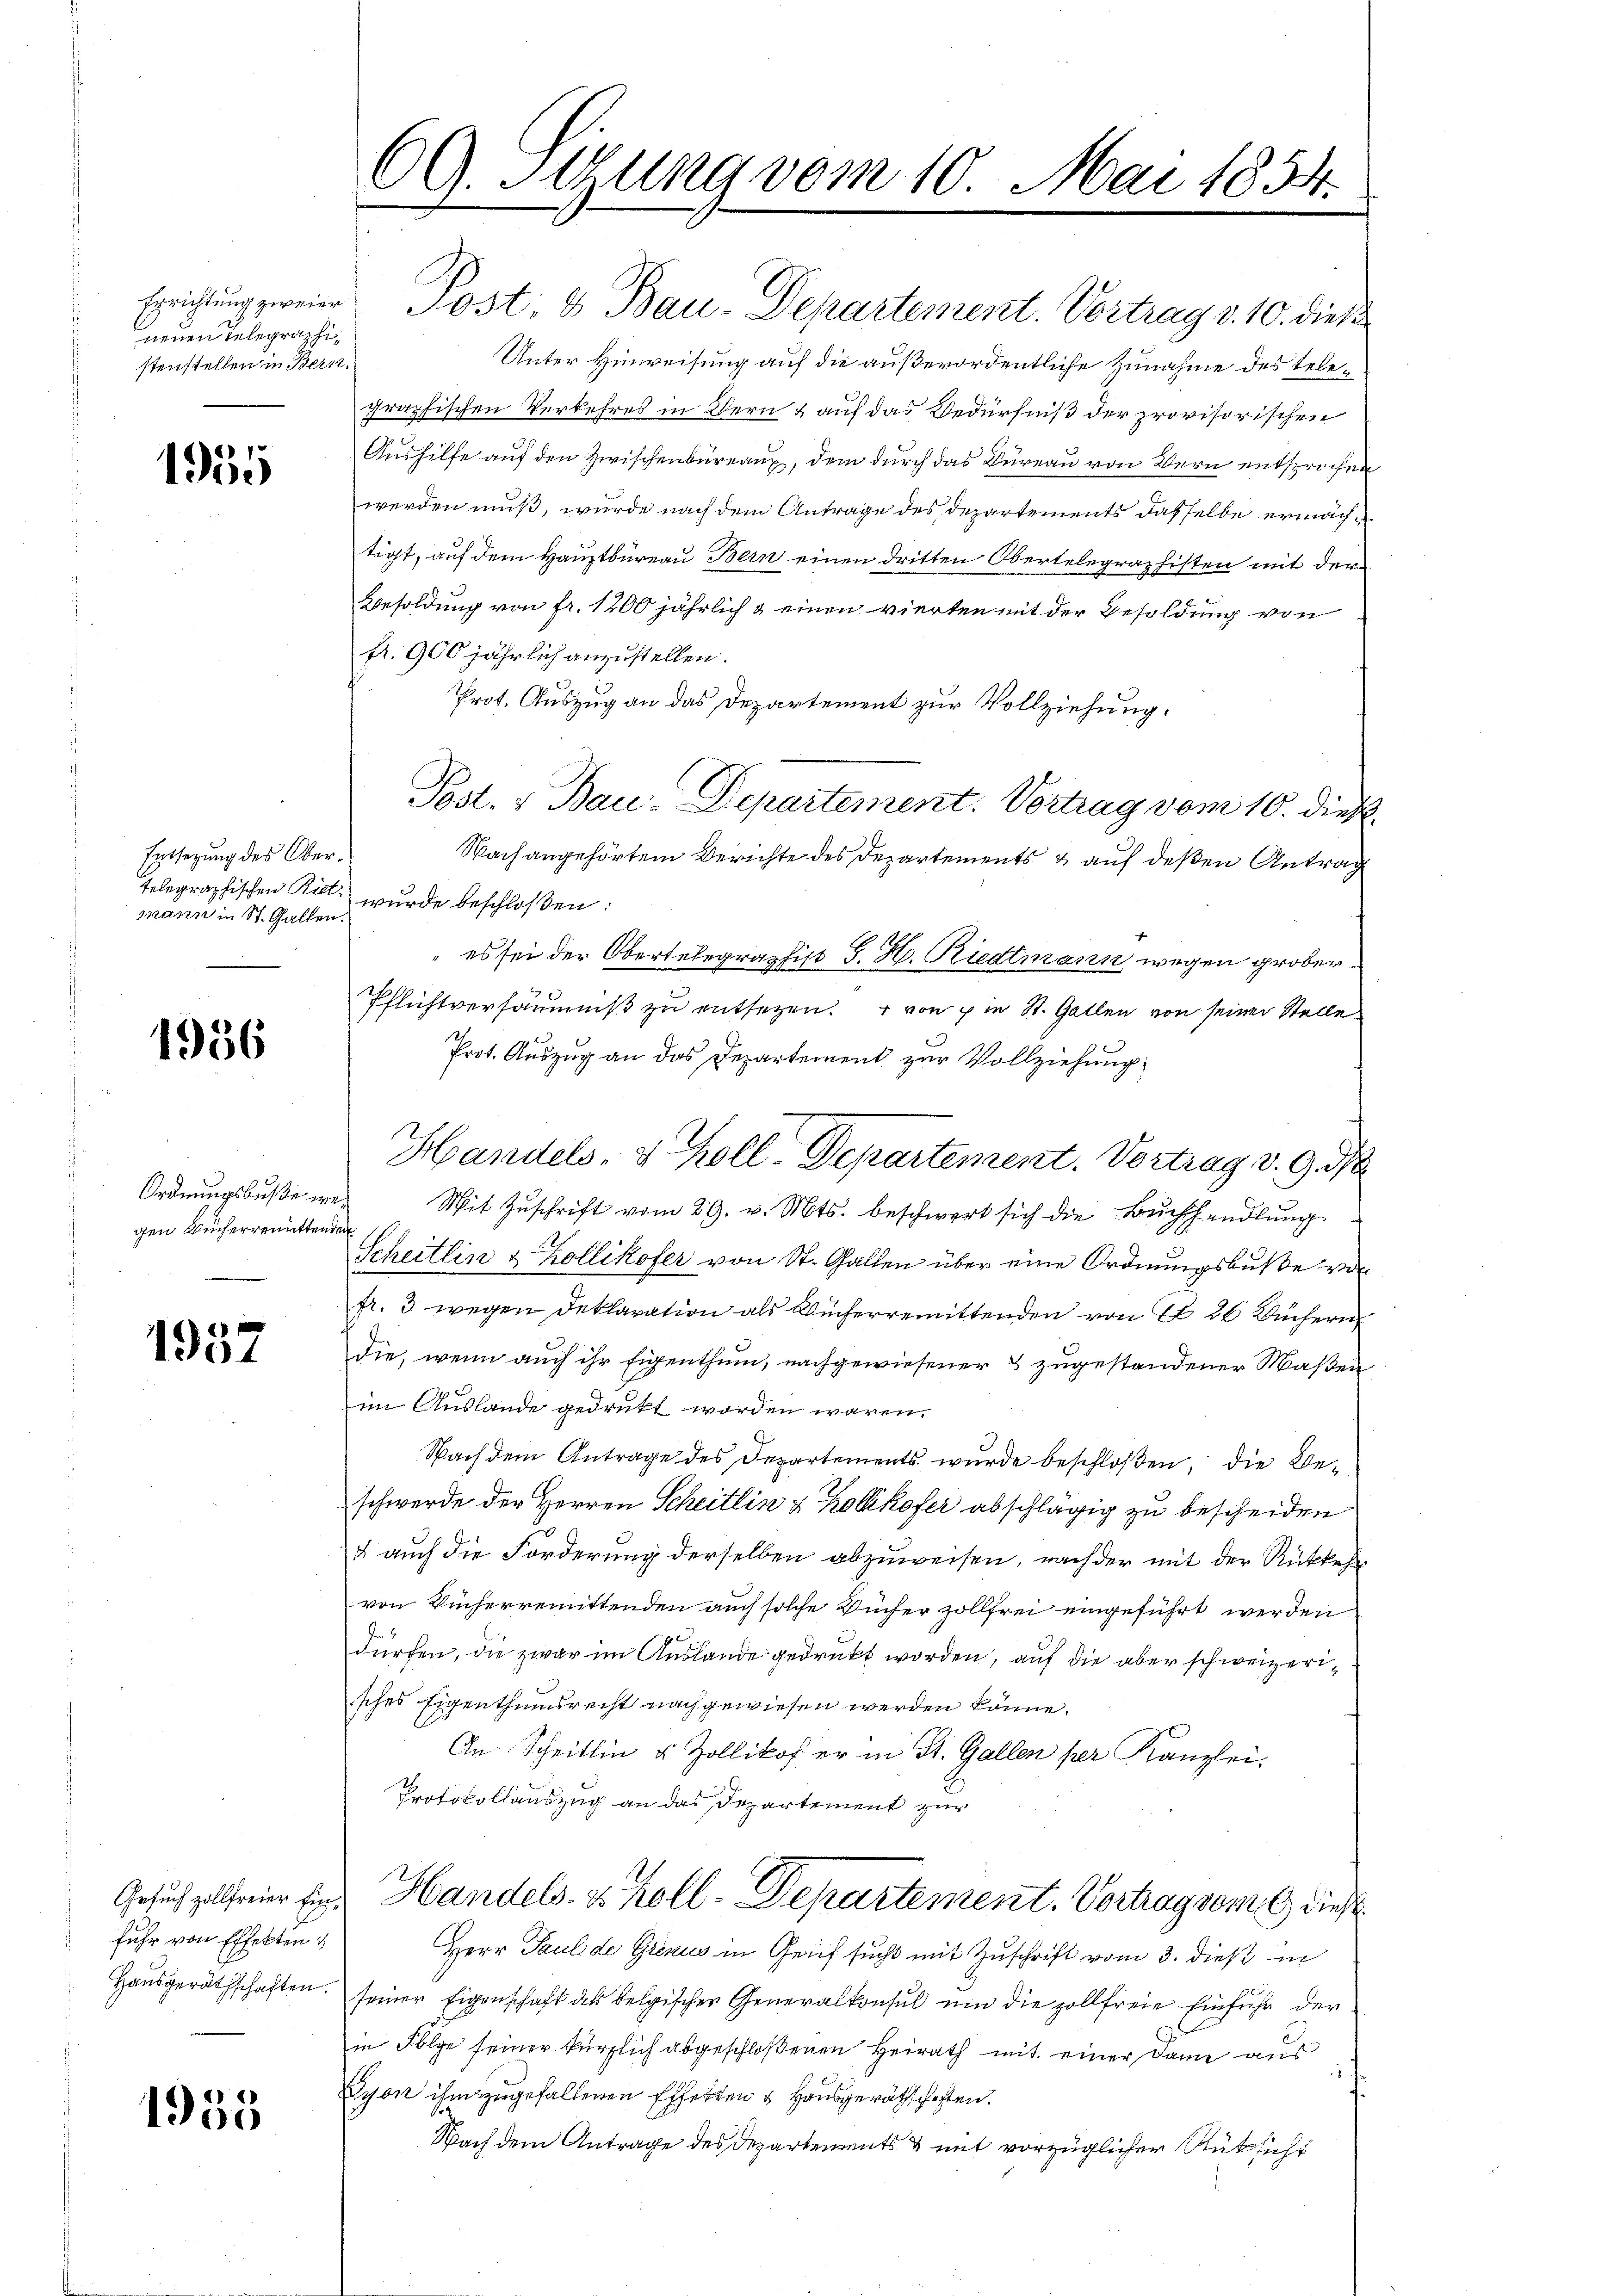
Errichtung zweier
neuen Telegraphi
stenstellen in Bern.

1955

Entsetzung des Obertelegraphischen Riet.
mann in St. Gallen.

1956

Ordnungsbuße weg
gen Bücherrenittende

1957

Gesuch zollfreier Einfuhr von Effekten &
Hausgeräthschaften.

1955

69. Stung vom 10. Mai 1854.

tigt, auf dem Hauptbureau Bern einen dritten Obertelegraphisten mit der
Besoldung von fr. 1200 jährlich & einen vierten mit der Besoldung von
fr. 900 jährlich anzustellen.
Prot. Auszug an das Departement zur Vollziehung.
Post. v. Bau-Departement. Vortrag vom 10. dieß
Nach angehörtem Berichte des Departements & auf deßen Antrag
wurde beschloßen:
" es sei der Obertelegraphist G. H. Riedtmann wegen grober¬
Pflichtversäumniß zu entsetzen. + von im St. Gallen von seiner Stelle
Prot. Auszug an das Departement zur Vollziehung:
Mit Zuschrift vom 29. v. Mts. beschwert sich die Buchhandlung
Scheitlin & Zollikofer von St. Gallen über eine Ordnŭngsbuße vor
fr. 3 wegen Deklaration als Bücherremittenden von S 26 Bücheri
die, wenn auch ihr Eigenthum, nachgewiesener & zugestandener Maßen
im Auslande gedruckt worden wären.
Nach dem Antrage des Departements wurde beschloßen, die Beschwerde der Herren Scheitlin & Zollikofer abschlägig zu bescheiden
 auch die Forderung derselben abzuweisen, nach der mit der Rückkehr
von Kücherremittenden auch solche Vinfer zollfrei eingeführt werden
dürfen, die zwar im Auslande gedruckt worden, auf die aber schweizeriisches Eigenthumsrecht nachgewiesen werden könne.
An Scheitlin u. Zollikof er in St. Gallen per Kanzlei.
Protokollauszug an das Departement zur
Handels- & Koll-Departement. Verhagsent dies
Herr Paul de Grenus in Geif sucht mit Zuschrift vom 3. dieß in
seiner Eigenschaft als belgischen Generalkonsul um die zollfreie Einfuhr der
in Folge seiner kürzlich abgeschloßenen Heirath mit einer dann aus
Gyon ihm zugefallenen Effekten & Hausgeräthschaften.
Nach dem Antrage des Departements & mit vorzüglicher Rüksicht

Post- & Bau-Departement. Vortrag v. 10. dies
Unter Hinweisung auf die außerordentliche Zunahme des Telegraphischen Verkehres in Bern & auf das Bedürfniß der provisorischen
Aushilfe auf den Zwischenbüreaux, dem durch das Büreau von Bern entsprochen
werden muß, wurde nach dem Antrage des Departements dasselbe ermäch¬

Handels- & Koll-Departement. Vortrag v. 9. d